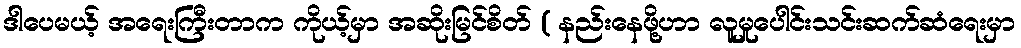
ဒါပေမယ့် အရေးကြီးတာက ကိုယ့်မှာ အဆိုးမြင်စိတ် ( နည်းနေဖို့ဟာ လူမှုပေါင်းသင်းဆက်ဆံရေးမှာ